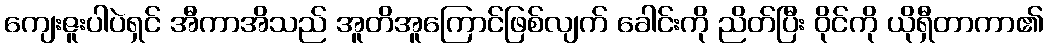
ကျေးဇူးပါပဲရှင် အီကာအိသည် အူတိအူကြောင်ဖြစ်လျက် ခေါင်းကို ညိတ်ပြီး ဝိုင်ကို ယိုရှီတာကာ၏